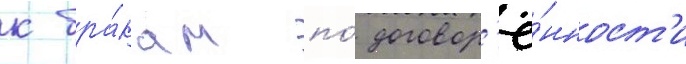
к бра́кам по́ договор'ё́нност'и